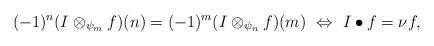
LaTeX: \begin{align*} (-1)^n(I\otimes_{\psi_m} f)(n)=(-1)^m(I\otimes_{\psi_n} f)(m) ~\Leftrightarrow~ I\bullet f=\nu f, \end{align*}